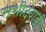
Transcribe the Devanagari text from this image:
मशीदवाडी